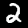
Label: 2